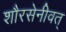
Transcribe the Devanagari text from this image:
शौरसेनीवत्